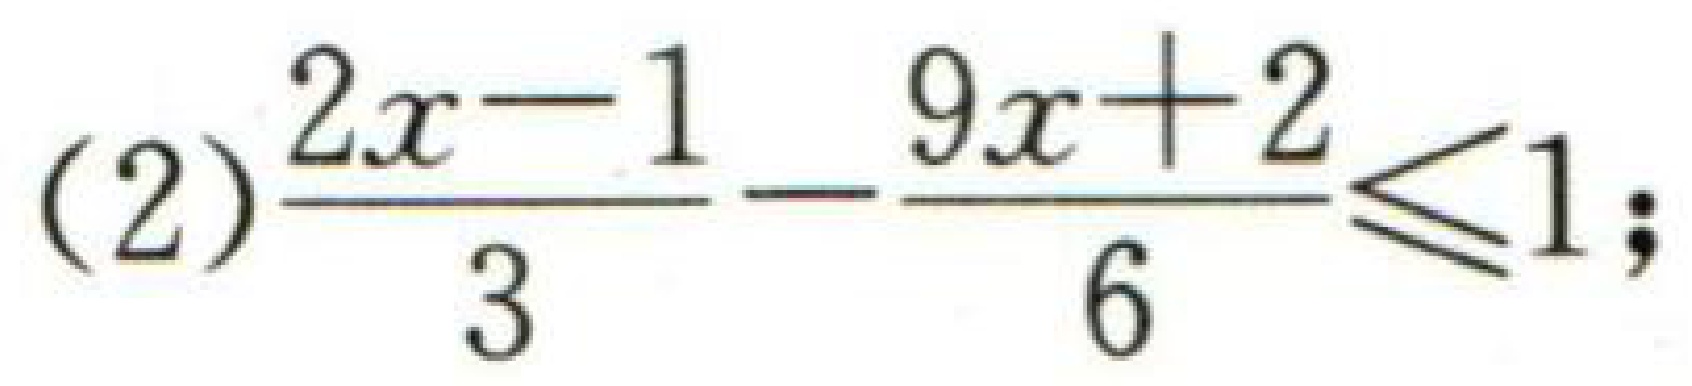
(2)$\frac{2x - 1}{3}-\frac{9x + 2}{6}\leq1;$